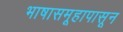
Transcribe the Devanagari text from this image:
भाषासमूहापासून